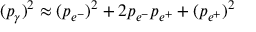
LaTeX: ( p _ { \gamma } ) ^ { 2 } \approx ( p _ { e ^ { - } } ) ^ { 2 } + 2 p _ { e ^ { - } } p _ { e ^ { + } } + ( p _ { e ^ { + } } ) ^ { 2 }